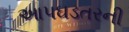
આપઘડતરની